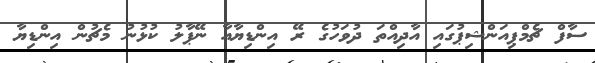
ސާފް ޗެމްޕިއަންޝިޕުގައި އާދިއްތަ ދުވަހުގެ ރޭ އިންޑިޔާއާ ނޭޕާލު ކުޅުނު މެޗުން އިންޑިޔާ